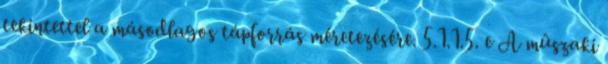
tekintettel a másodlagos tápforrás méretezésére. 5.1.1.5. e A mûszaki